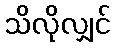
သိလိုလျှင်